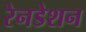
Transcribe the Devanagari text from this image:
रेनडेशन